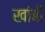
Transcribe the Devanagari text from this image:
खांबी